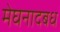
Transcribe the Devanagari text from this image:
मेघनादबध